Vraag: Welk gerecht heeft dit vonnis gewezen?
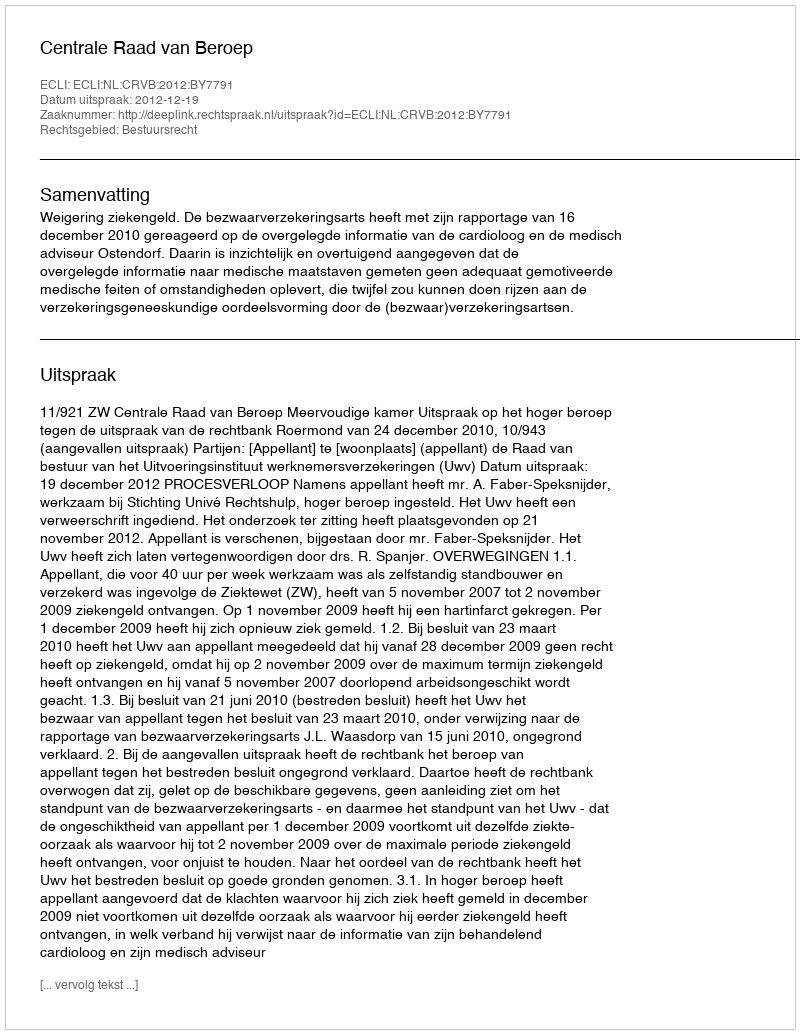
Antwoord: Centrale Raad van Beroep